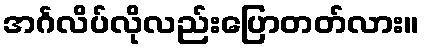
အင်္ဂလိပ်လိုလည်းပြောတတ်လား။